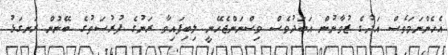
އެހެންނަމަވެސް އަދުގެ ޒުވާނުން އަބަދުވެސް ވިސްނަންޖެހޭނީ ލިބިފައިވާ ރަނުގެ ފުރުސަތުގެ ބޭނުން ރަނގަޅު